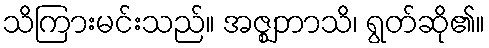
သိကြားမင်းသည်။ အဇ္ဈဘာသိ၊ ရွတ်ဆို၏။